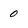
Character: 0